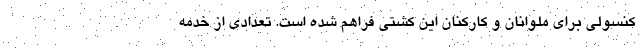
کنسولی برای ملوانان و کارکنان این کشتی فراهم شده است. تعدادی از خدمه